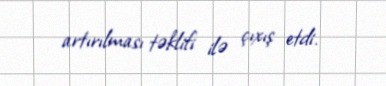
artırılması təklifi ilə çıxış etdi.